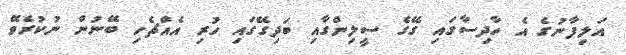
އަލިފާނުގެ އެ ހާދިސާގައި ގޭގެ ސީލިންގާއި ބަދިގޭގައި ހުރި އެއްޗެހި ބޭނުން ނުކުރެވޭ